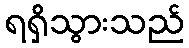
ရရှိသွားသည်